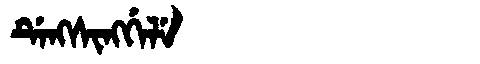
Manchu: ᡩᡝᠩᠰᡳᠩᡤᡝᠯᡝ
Romanization: DENGSINGGELE